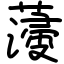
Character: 薓